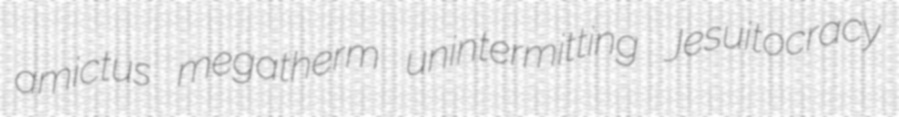
amictus megatherm unintermitting Jesuitocracy